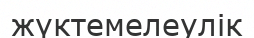
жүктемелеулік